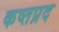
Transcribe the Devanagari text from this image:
कष्तप्रद